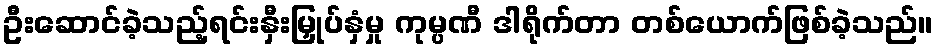
ဦးဆောင်ခဲ့သည့်ရင်းနှီးမြှုပ်နှံမှု ကုမ္ပဏီ ဒါရိုက်တာ တစ်ယောက်ဖြစ်ခဲ့သည်။